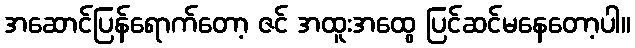
အဆောင်ပြန်ရောက်တော့ ဇင် အထူးအထွေ ပြင်ဆင်မနေတော့ပါ။